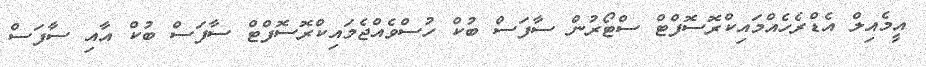
އީމެއިލް އެޑްރެހެއްމައިކްރޮސޮފްޓް ސްޓޯރުން ސާފަސް ބުކް ހުސްވެއްޖެމައިކްރޮސޮފްޓް ސާފަސް ބުކް އާއި ސާފަސް